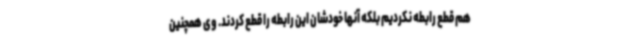
هم قطع رابطه نکردیم بلکه آنها خودشان این رابطه را قطع کردند. وی همچنین